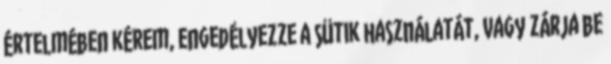
értelmében kérem, engedélyezze a sütik használatát, vagy zárja be